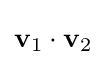
\mathbf {v} _{1}\cdot \mathbf {v} _{2}